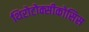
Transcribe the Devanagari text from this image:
थिरोटोक्सीकोसिस